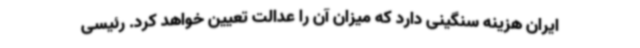
ایران هزینه سنگینی دارد که میزان آن را عدالت تعیین خواهد کرد. رئیسی